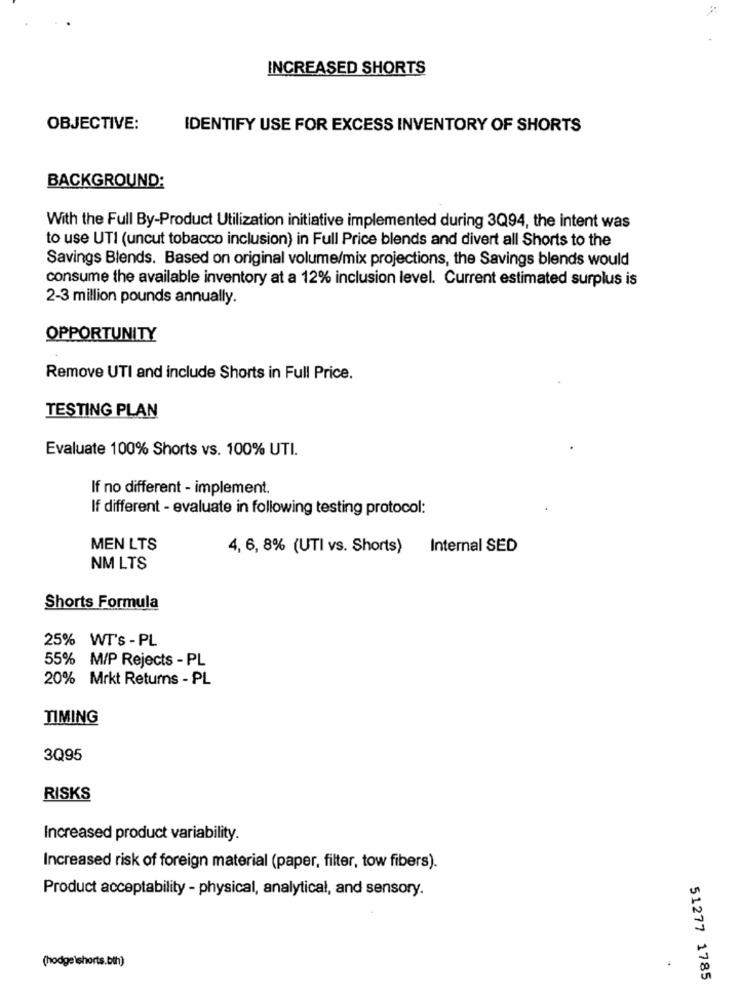
INCREASED SHORTS
OBJECTIVE:
IDENTIFY USE FOR EXCESS INVENTORY OF SHORTS
BACKGROUND:
With the Full By-Product Utilization initiative implemented during 3Q94, the intent was
to use UTI (uncut tobacco inclusion) in Full Price blends and divert all Shorts to the
Savings Blends. Based on original volume/mix projections, the Savings blends would
consume the available inventory at a 12% inclusion level. Current estimated surplus is
2-3 million pounds annually.
OPPORTUNITY
Remove UTI and include Shorts in Full Price.
TESTING PLAN
Evaluate 100% Shorts vs. 100% UTI.
If no different - implement.
If different - evaluate in following testing protocol:
MEN LTS
4, 6, 8% (UTI vs. Shorts) Internal SED
NM LTS
Shorts Formula
25% WT's - PL
55% M/P Rejects - PL
20% Mrkt Returns - PL
TIMING
3Q95
RISKS
Increased product variability.
Increased risk of foreign material (paper, filter, tow fibers).
Product acceptability - physical, analytical, and sensory.
(hodge\shorts.bth)
51277 1785